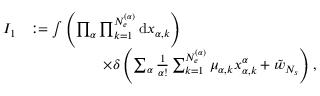
\begin{array} { r l } { I _ { 1 } } & { : = \int { \left( \prod _ { \alpha } \prod _ { k = 1 } ^ { N _ { e } ^ { ( \alpha ) } } { \mathrm { d } x _ { \alpha , k } } \right) } } \\ & { \qquad \qquad \quad \times \delta \left( \sum _ { \alpha } \frac { 1 } { \alpha ! } \sum _ { k = 1 } ^ { N _ { e } ^ { ( \alpha ) } } { \mu _ { \alpha , k } x _ { \alpha , k } ^ { \alpha } } + \tilde { w } _ { N _ { s } } \right) , } \end{array}